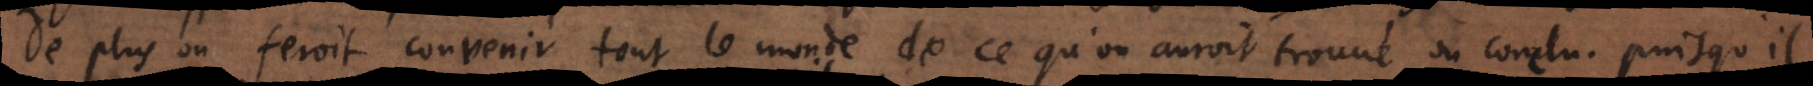
De plus on feroit convenir tout le monde de ce qu’on auroit trouvé ou conclu, puisqu’il